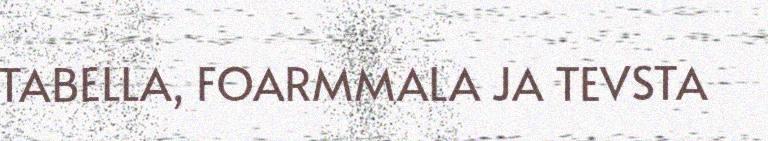
TABELLA, FOARMMALA JA TEVSTA